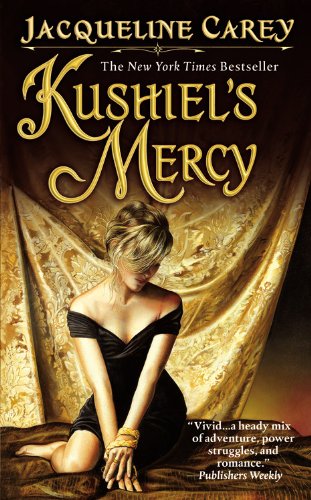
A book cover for Kushiel's Mercy; Jacqueline Carey; Romance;